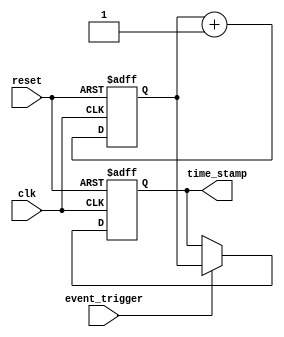
module time_stamp_timer (
    input wire clk,
    input wire reset,
    input wire event_trigger,
    output reg [31:0] time_stamp
);

reg [31:0] timer;

always @(posedge clk or posedge reset) begin
    if (reset) begin
        timer <= 0;
        time_stamp <= 0;
    end else begin
        timer <= timer + 1;
        if (event_trigger) begin
            time_stamp <= timer;
        end
    end
end

endmodule